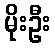
မိုးဦး